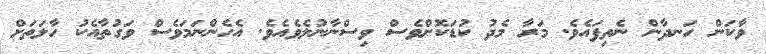
ވާކަން ހަނދާން ނެތިފައެވެ. މަރާ މެދު ކުޑަކޮށްވެސް ވިސްނާނުލެވެއެވެ. އެހެންނަމަވެސް ވަގުތާއެކު ހާލަތަށް